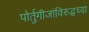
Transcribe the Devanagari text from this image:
पोर्तुगीजांविरुद्धच्या